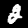
Digit: 2